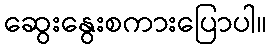
ဆွေးနွေးစကားပြောပါ။